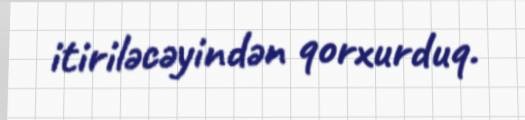
itiriləcəyindən qorxurduq.